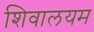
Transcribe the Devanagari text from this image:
शिवालयम